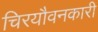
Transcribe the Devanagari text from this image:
चिरयौवनकारी